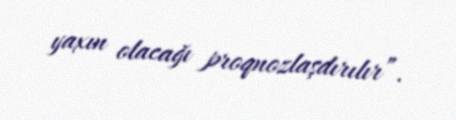
yaxın olacağı proqnozlaşdırılır”.